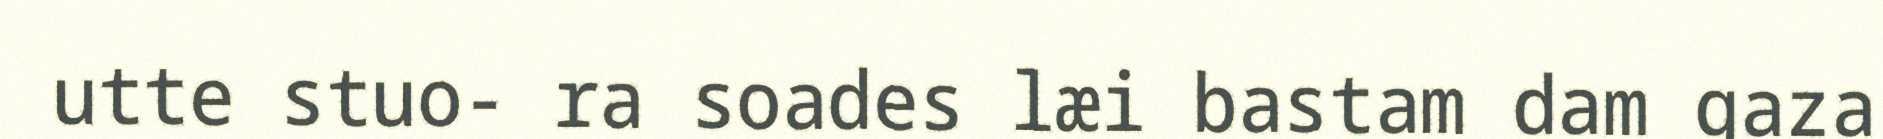
utte stuo- ra soades læi bastam dam gaza